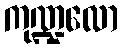
ကုဏ္ဍလော